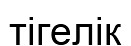
тігелік